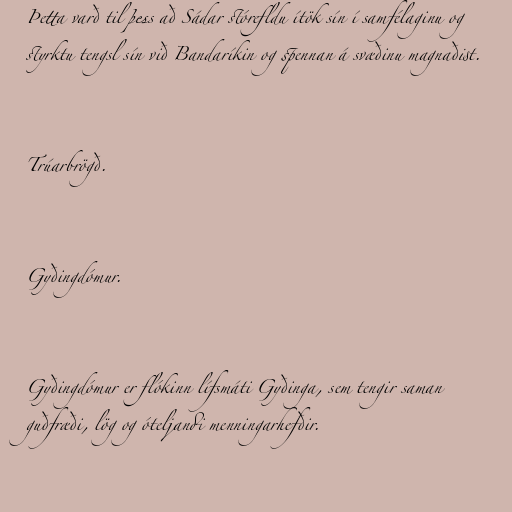
Þetta varð til þess að Sádar stórefldu ítök sín í samfélaginu og
styrktu tengsl sín við Bandaríkin og spennan á svæðinu magnaðist.

Trúarbrögð.

Gyðingdómur.

Gyðingdómur er flókinn lífsmáti Gyðinga, sem tengir saman
guðfræði, lög og óteljandi menningarhefðir.